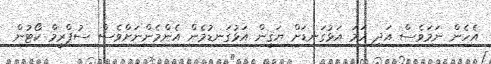
އެހެން ނަމަވެސް އަދި ހަމަ އަޅުގަނޑަށް ޔަޤީން އަޅުގަނޑުމެން އެންމެންނަށްވެސް ސުޕްރީމް ކޯޓުން